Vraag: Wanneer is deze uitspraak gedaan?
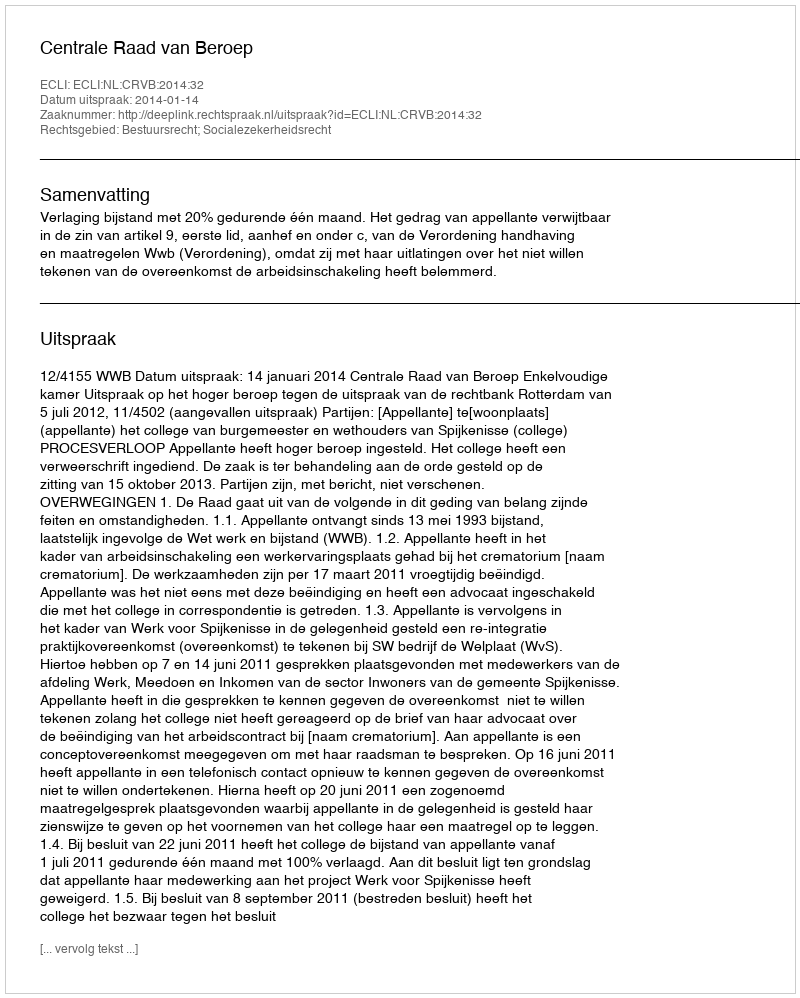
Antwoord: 2014-01-14